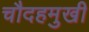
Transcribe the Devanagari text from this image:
चौदहमुखी